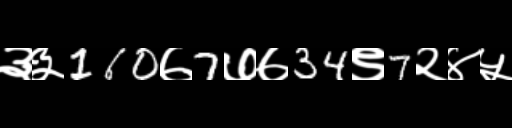
Text: ३३160७7७७34९7२४५